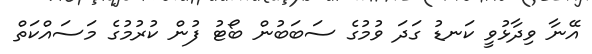
އޭނާ ވިދާޅުވީ ކަނޑު ގަދަ ވުމުގެ ސަބަބުން ބޯޓު ފުން ކުރުމުގެ މަސައްކަތް